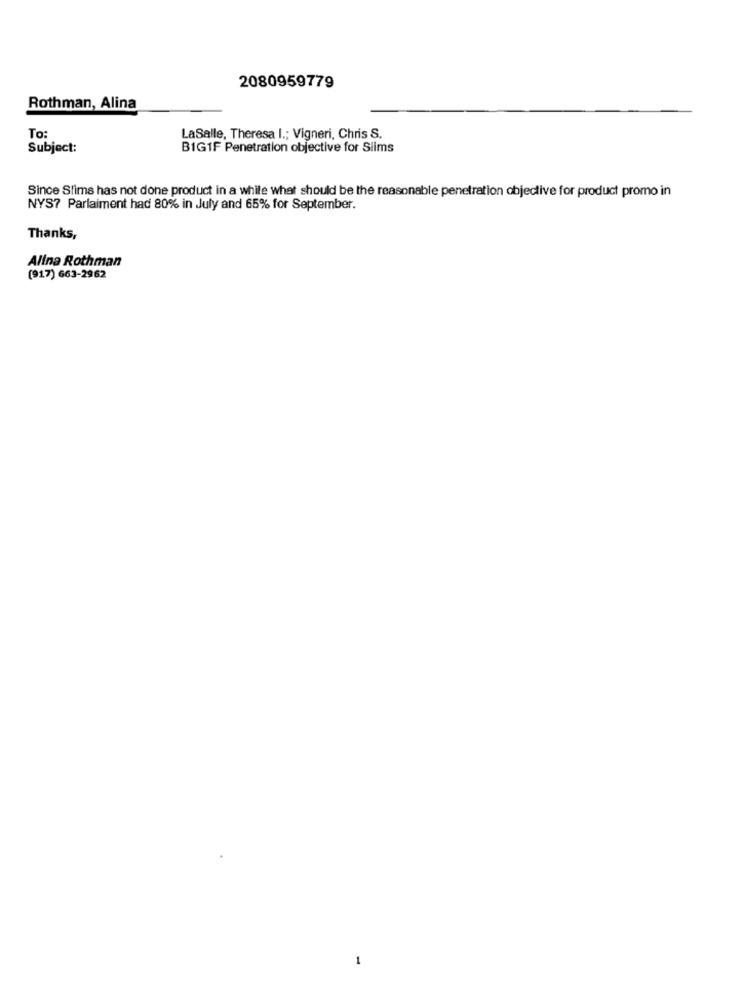
2080959779
Rothman, Alina
To:
LaSalle, Theresa I .; Vigneri, Chris S.
Subject:
BIG1F Penetration objective for Slims
Since Slims has not done product in a while what should be the reasonable penetration objective for product promo in
NYS? Parlaiment had 80% in July and 65% for September.
Thanks,
Alina Rothman
(917) 663-2962
-